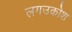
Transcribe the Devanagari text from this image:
लगउकोश